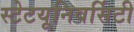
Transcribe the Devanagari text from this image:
स्टेटयूनिवर्सिटी